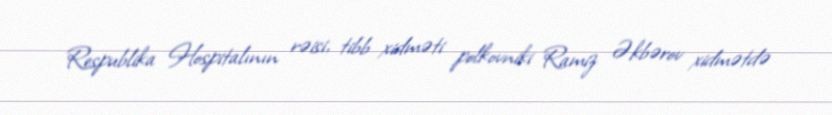
Respublika Hospitalının rəisi, tibb xidməti polkovniki Ramiz Əkbərov xidmətdə